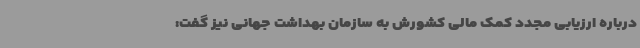
درباره ارزیابی مجدد کمک مالی کشورش به سازمان بهداشت جهانی نیز گفت: